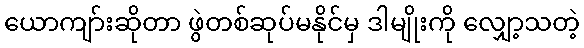
ယောကျာ်းဆိုတာ ဖွဲတစ်ဆုပ်မနိုင်မှ ဒါမျိုးကို လျှော့သတဲ့